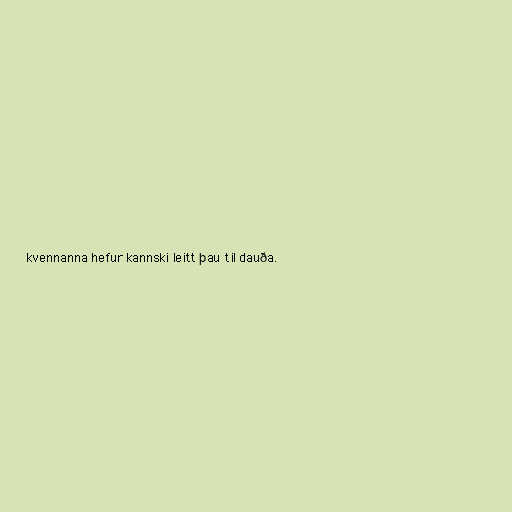
kvennanna hefur kannski leitt þau til dauða.